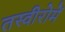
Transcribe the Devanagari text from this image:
तस्वीरोमें